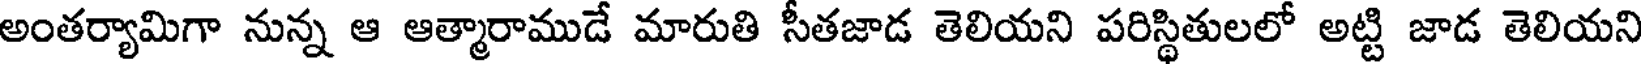
అంతర్యామిగా నున్న ఆ ఆత్మారాముడే మారుతి సీతజాడ తెలియని పరిస్థితులలో అట్టి జాడ తెలియని